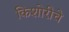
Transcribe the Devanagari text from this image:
किशोरीचे